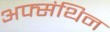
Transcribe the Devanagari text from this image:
अफ्संथिन